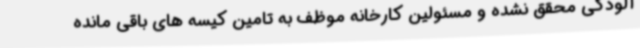
آلودگی محقق نشده و مسئولین کارخانه موظف به تامین کیسه های باقی مانده